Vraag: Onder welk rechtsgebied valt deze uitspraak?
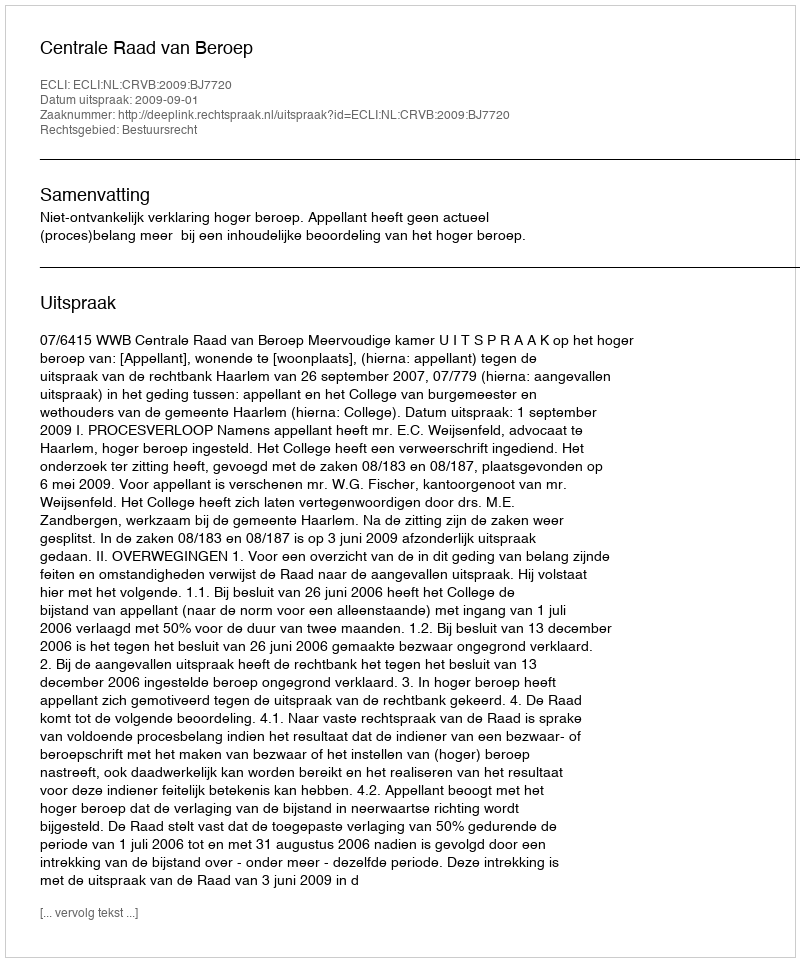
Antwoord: Bestuursrecht